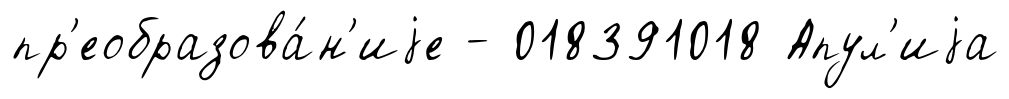
пр'еобразова́н'иjе - 018391018 Апул'иjа